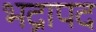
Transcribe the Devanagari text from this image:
भद्रापद